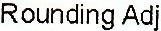
ROUNDING ADJ